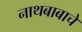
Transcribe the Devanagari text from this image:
नाथबाबाचे